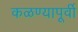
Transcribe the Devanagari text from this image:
कळण्यापूर्वी